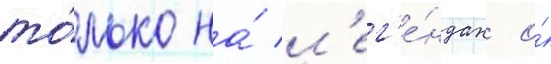
то́лько на́ л'ег'е́ндах о́